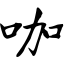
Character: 咖